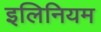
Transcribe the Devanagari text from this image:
इलिनियम